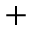
+